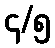
၄/၅